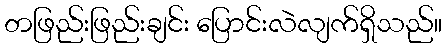
တဖြည်းဖြည်းချင်း ပြောင်းလဲလျက်ရှိသည်။